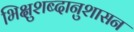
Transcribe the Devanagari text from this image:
भिक्षुशब्दानुशासन